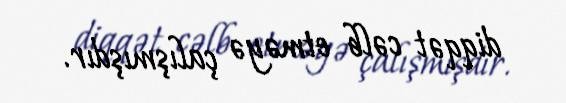
diqqət cəlb etməyə çalışmışdır.